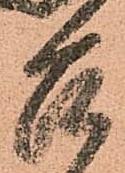
召